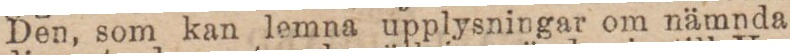
Den, som kan lemna upplysningar om nämnda